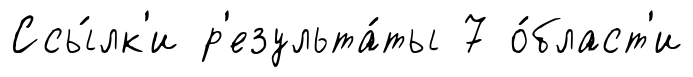
Ссы́лк'и р'езульта́ты 7 о́бласт'и